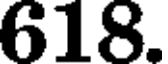
618.